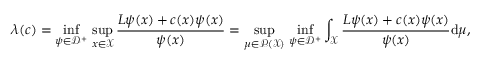
\lambda ( c ) = \operatorname* { i n f } _ { \psi \in { \mathscr { D } } ^ { + } } \, \operatorname* { s u p } _ { x \in { \mathcal { X } } } \frac { L \psi ( x ) + c ( x ) \psi ( x ) } { \psi ( x ) } = \operatorname* { s u p } _ { \mu \in { \mathcal { P } } ( { \mathcal { X } } ) } \, \operatorname* { i n f } _ { \psi \in { \mathscr { D } } ^ { + } } \int _ { { \mathcal { X } } } \frac { L \psi ( x ) + c ( x ) \psi ( x ) } { \psi ( x ) } \mathrm { d } \mu ,